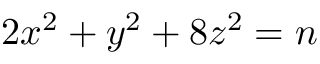
2 x ^ { 2 } + y ^ { 2 } + 8 z ^ { 2 } = n